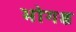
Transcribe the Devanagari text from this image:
भोगश्च